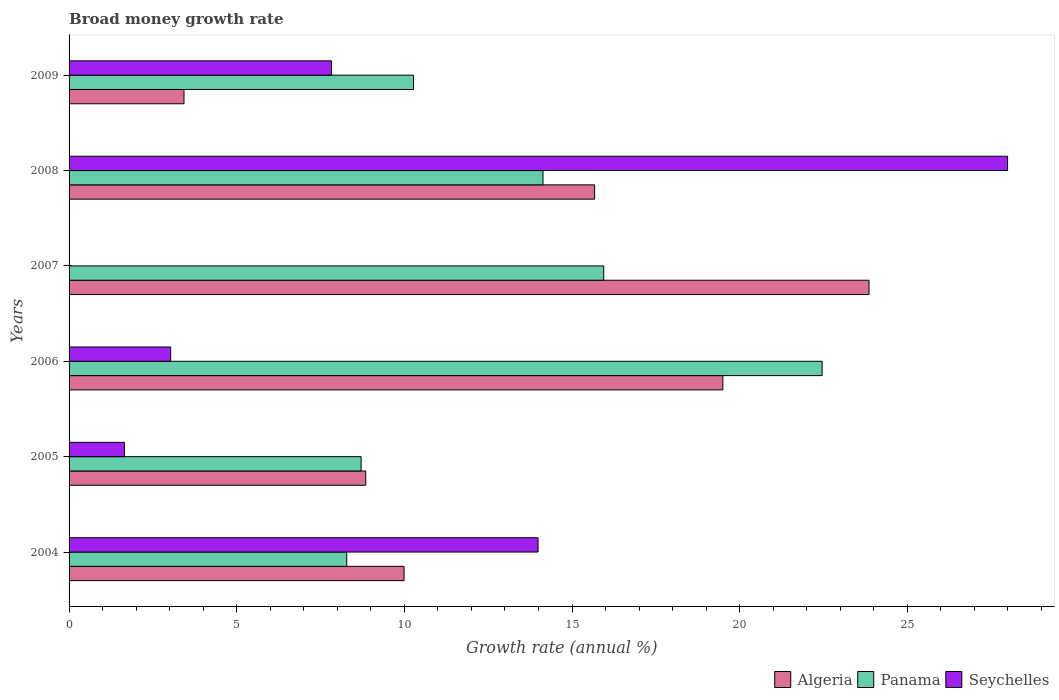
| Years | Algeria | Panama | Seychelles |
 | --- | --- | --- | --- |
 | 2004 | 9.99 | 8.28 | 14 |
 | 2005 | 8.85 | 8.71 | 1.65 |
 | 2006 | 19.5 | 22.5 | 3.03 |
 | 2007 | 23.9 | 15.9 | -7.97 |
 | 2008 | 15.7 | 14.1 | 28 |
 | 2009 | 3.43 | 10.3 | 7.83 |